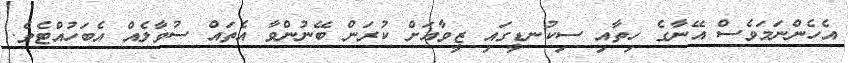
އެހެންނަމަވެސް އޭނާގެ ހިތާއި ސިކުނޑީގައި ޒީވާއަށް ކުރަން ބޭނުންވާ އެތައް ސުވާލެއް އެބަހުއްޓެވެ.